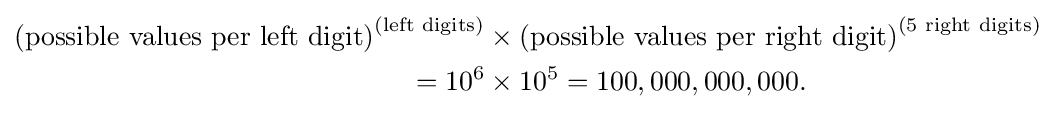
{\begin{aligned}{\text{(possible values per left digit)}}^{\text{(left digits)}}&\times {\text{(possible values per right digit)}}^{\text{(5 right digits)}}\\=10^{6}&\times 10^{5}=100,000,000,000.\end{aligned}}